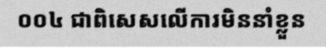
០០៤ ជាពិសេសលើការមិននាំខ្លួន